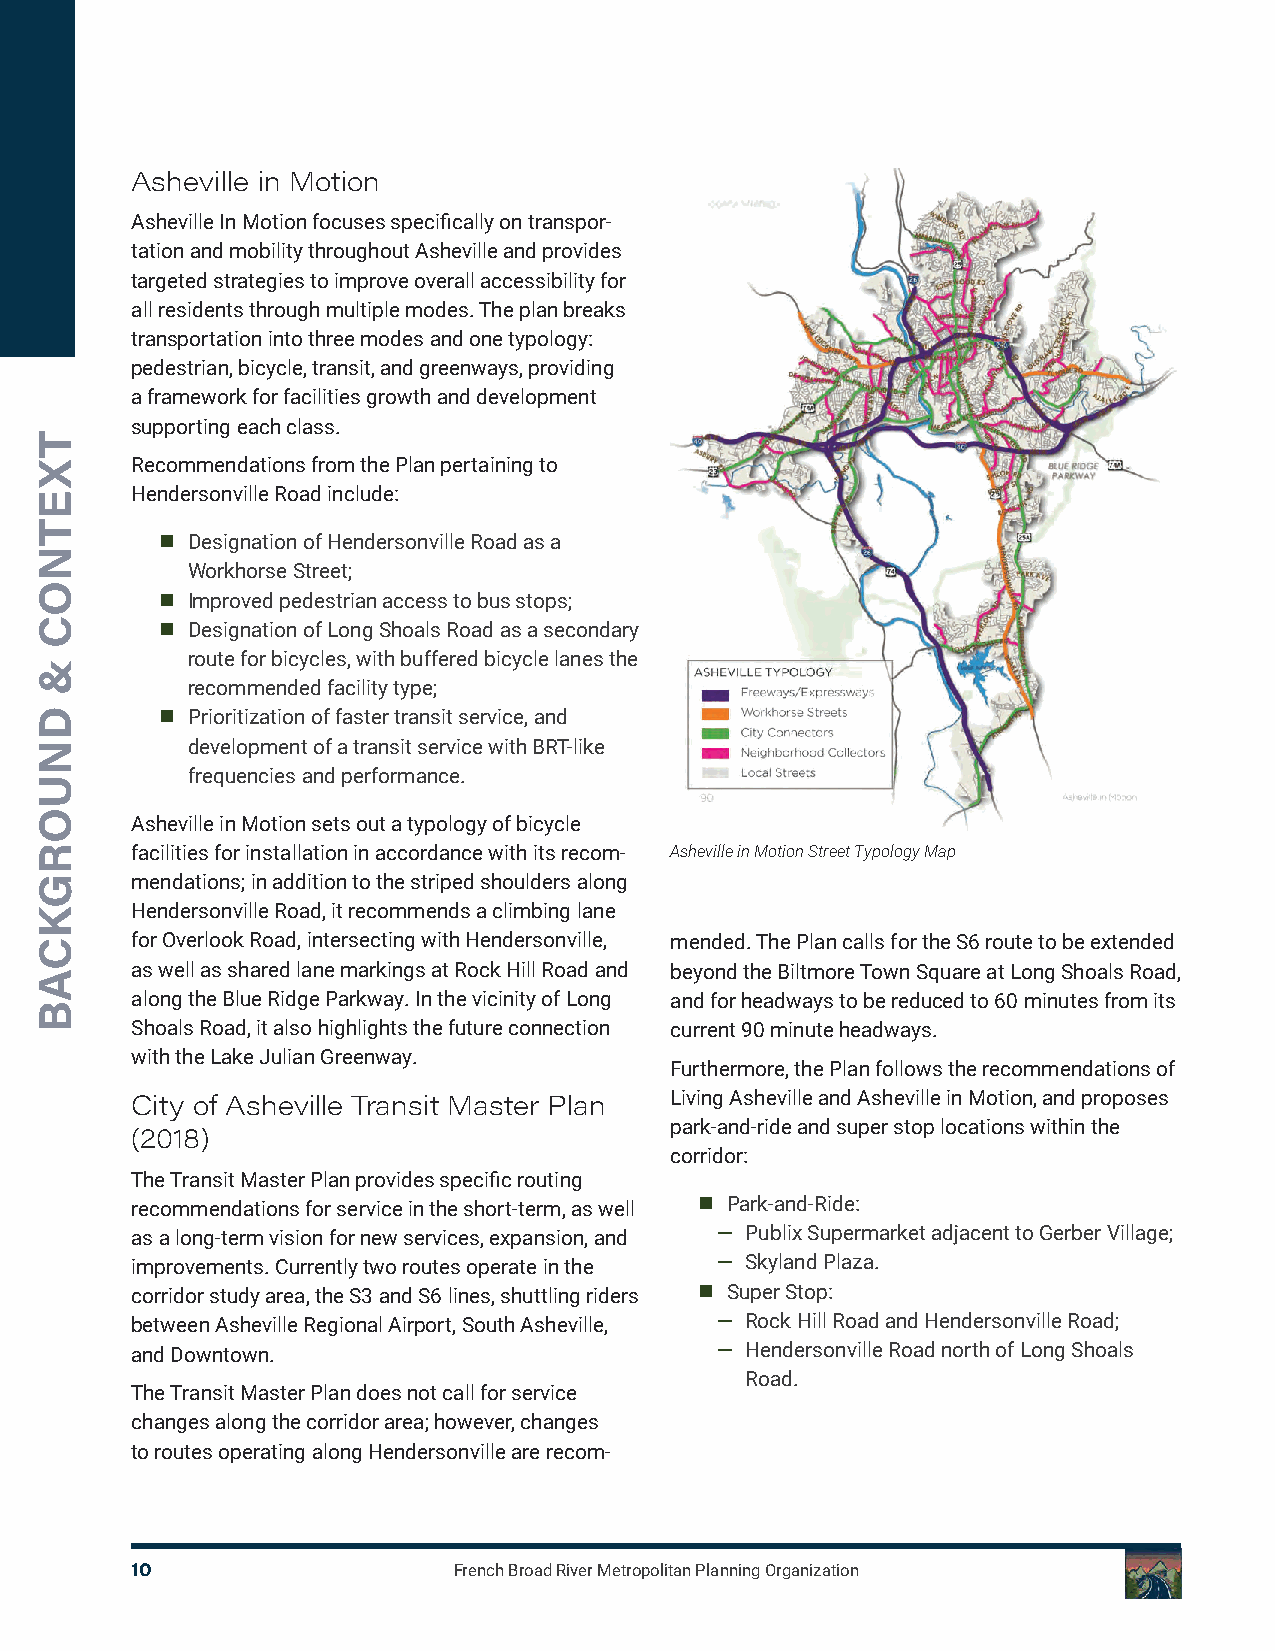
Asheville in Motion
 Asheville In Motion focuses specifically on transpor-
 tation and mobility throughout Asheville and provides
 targeted strategies to improve overall accessibility for
 all residents through multiple modes. The plan breaks
 transportation into three modes and one typology:
 pedestrian, bicycle, transit, and greenways, providing
 a framework for facilities growth and development
 supporting each class.
 Recommendations from the Plan pertaining to
 Hendersonville Road include:
  Designation of Hendersonville Road as a
 Workhorse Street;
  Improved pedestrian access to bus stops;
  Designation of Long Shoals Road as a secondary
 route for bicycles, with buffered bicycle lanes the
 recommended facility type;
  Prioritization of faster transit service, and
 development of a transit service with BRT-like
 frequencies and performance.
 Asheville in Motion sets out a typology of bicycle
 facilities for installation in accordance with its recom- Asheville in Motion Street Typology Map
 mendations; in addition to the striped shoulders along
 Hendersonville Road, it recommends a climbing lane
 for Overlook Road, intersecting with Hendersonville, mended. The Plan calls for the S6 route to be extended
 as well as shared lane markings at Rock Hill Road and beyond the Biltmore Town Square at Long Shoals Road,
 along the Blue Ridge Parkway. In the vicinity of Long and for headways to be reduced to 60 minutes from its
 Shoals Road, it also highlights the future connection current 90 minute headways.
 with the Lake Julian Greenway.
 Furthermore, the Plan follows the recommendations of
 City of Asheville Transit Master Plan Living Asheville and Asheville in Motion, and proposes
 park-and-ride and super stop locations within the
 (2018)
 corridor:
 The Transit Master Plan provides specific routing
 recommendations for service in the short-term, as well  Park-and-Ride:
 as a long-term vision for new services, expansion, and — Publix Supermarket adjacent to Gerber Village;
 improvements. Currently two routes operate in the — Skyland Plaza.
 corridor study area, the S3 and S6 lines, shuttling riders  Super Stop:
 between Asheville Regional Airport, South Asheville, — Rock Hill Road and Hendersonville Road;
 and Downtown.                         — Hendersonville Road north of Long Shoals
 Road.
 The Transit Master Plan does not call for service
 changes along the corridor area; however, changes
 to routes operating along Hendersonville are recom-
 10                   French Broad River Metropolitan Planning Organization
 TXETNOC
 &
 dNUORgkCAB